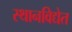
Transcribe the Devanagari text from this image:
स्थानविद्येत